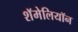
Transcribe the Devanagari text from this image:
शॅमेलियॉन